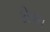
કોપરા